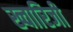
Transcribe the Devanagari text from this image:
ख्वारिजी